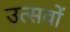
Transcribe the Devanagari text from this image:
उत्सवों